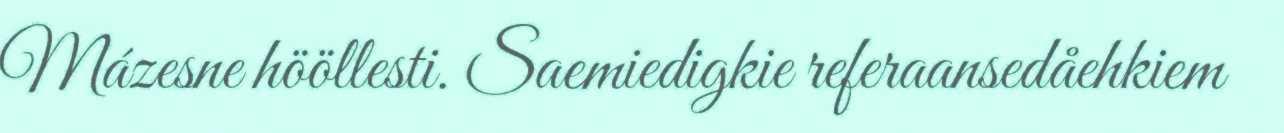
Mázesne hööllesti. Saemiedigkie referaansedåehkiem